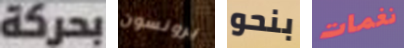
بحركة برونسون بنحو نغمات